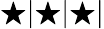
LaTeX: \bigstar|\bigstar|\bigstar|